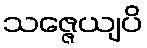
သဇ္ဇေယျပိ